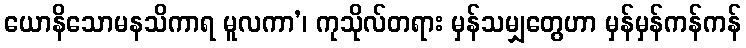
ယောနိသောမနသိကာရ မူလကာ’၊ ကုသိုလ်တရား မှန်သမျှတွေဟာ မှန်မှန်ကန်ကန်